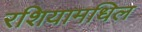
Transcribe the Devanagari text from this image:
रशियामधिल